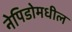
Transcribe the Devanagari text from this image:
नेपिडोमधील